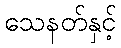
သေနတ်နှင့်